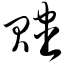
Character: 赆